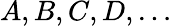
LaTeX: A,B,C,D,\ldots